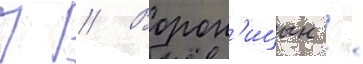
П // Ворон'ицын /